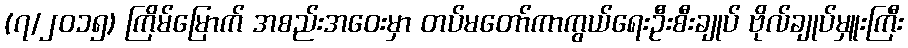
(၇/၂၀၁၅) ကြိမ်မြောက် အစည်းအဝေးမှာ တပ်မတော်ကာကွယ်ရေးဦးစီးချုပ် ဗိုလ်ချုပ်မှူးကြီး